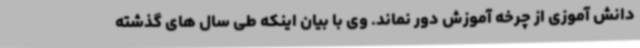
دانش آموزی از چرخه آموزش دور نماند. وی با بیان اینکه طی سال های گذشته